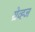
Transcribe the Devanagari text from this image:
ग्रेव्ह्ज